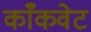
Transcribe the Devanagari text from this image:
काँकवेट